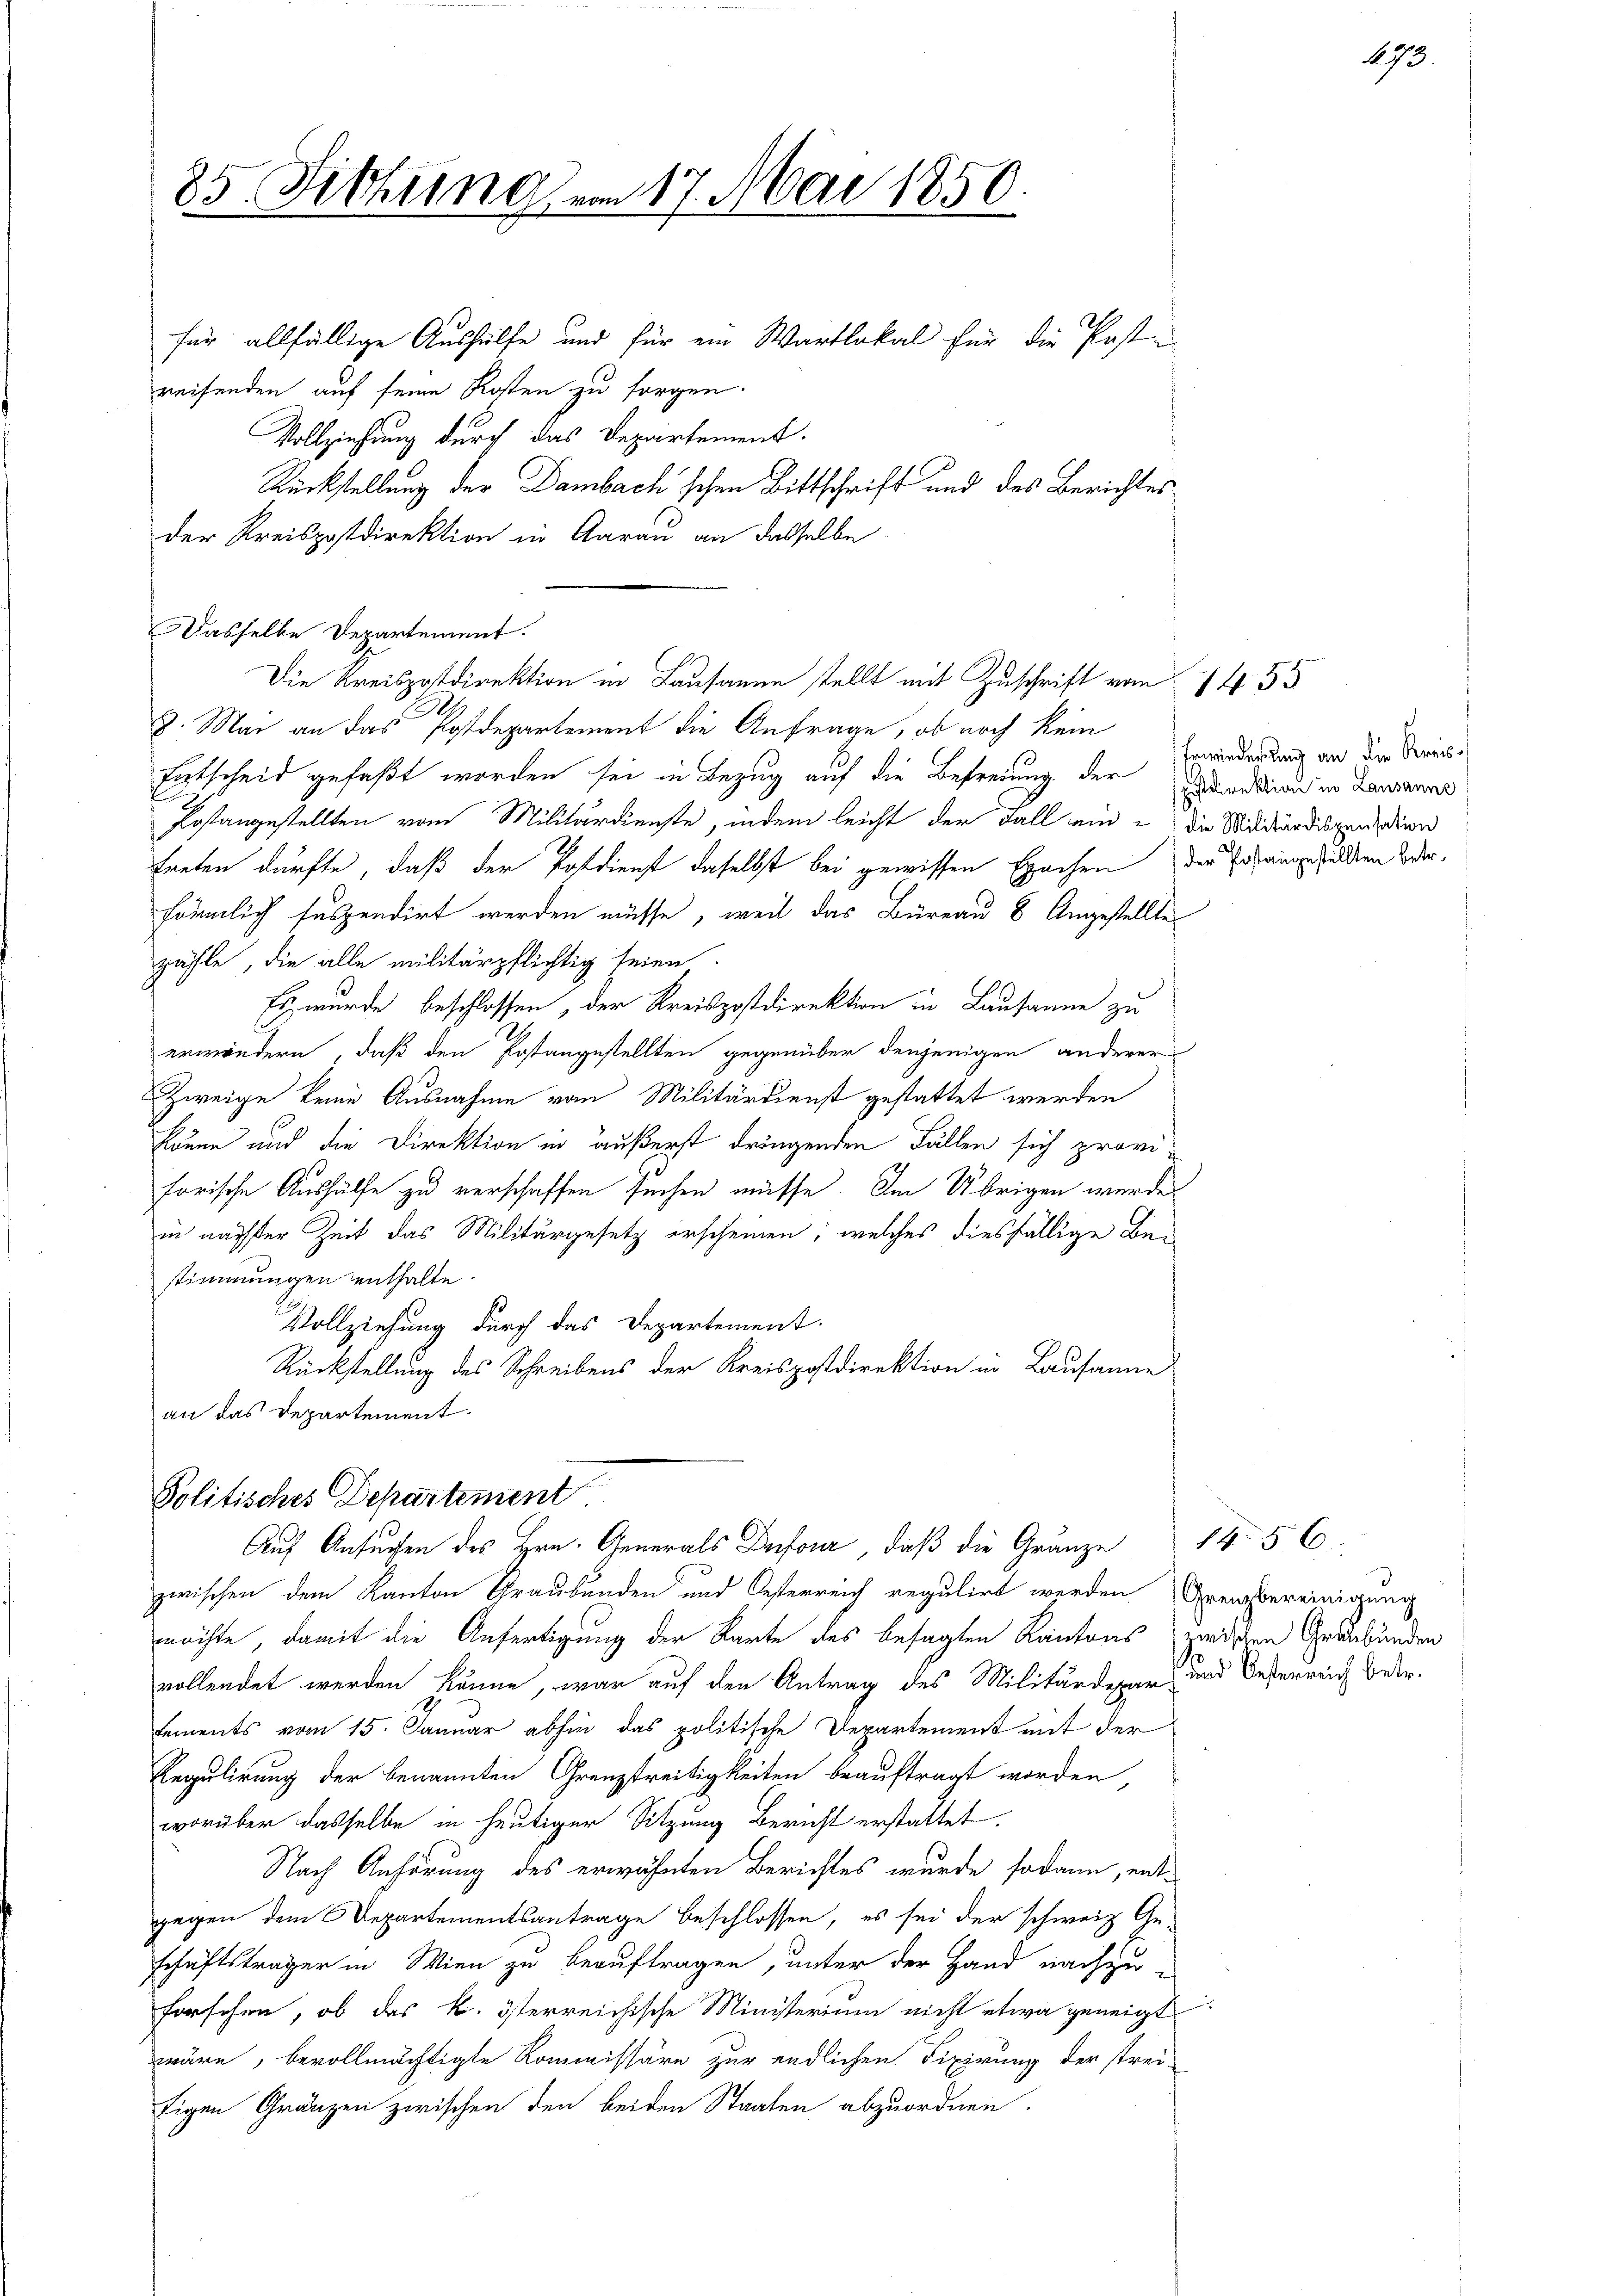
85 Fittung vom 17. Mai 1850.

für allfällige Aushülfe und für ein Wartlokal für die Post-
reifenden auf seine Kosten zu sorgen.
Vollziehung durch das Departement.
Rückstellung der Dambach'schen Bittschrift und des Berichtes
der Kreispostdirektion in Aarau an dasselbe
8. Mai an das Postdepartement die Anfrage, ob noch kein
Entscheid gefaßt worden sei in Bezug auf die Befreiung der Wundton in Landenen
Postangestellten vom Militärdienste, indem leicht der Fall ein - die Militärdispensin
treten dürfte, daß der Postdienst daselbst bei gewissen Epochen
förmlich suspendirt werden müsse, weil das Büreau 8 Angestellte
zähle, die alle militärpflichtig seien.
Es wurde beschlossen, der Kreispostdirektion in Lausanne zu
erwändern, daß den Postangestellten gegenüber denjenigen anderer
Zweige keine Ausnahme von Militärdienst gestattet werden
könne und die Direktion in äußerst dringenden Fällen sich proviforische Aushülfe zu verschaffen suchen müsse. Im Übrigen wurde
in nächster Zeit das Militärgesetz erscheinen; welches diesfällige Bestimmungen enthalte.
Vollziehung durch das Departement.
Rückstellung des Schreibens der Kreispostdirektion in Lausanne
an das Departement.

Dasselbe Departement.

Die Kreispostdirektion in Lausanne stellt mit Zuschrift vom 1455

Politisches Departement
Auf Ansuchen des Hrn. Generals Dufour, daß die Gränze

zwischen dem Kanton Graubünden und Oesterreich regulirt werden Grenzbereinigung
möchte, damit die Anfertigung der Karte des besagten Kantons zwischen Graubünden
vollendet werden könne, war auf den Antrag des Militärdepar- und Oesterreich betr.

s
Erwiederung an die Kreisder Postangestellten betr.

sements vom 15. Januar abhin das politische Departement mit der
Regulirung der benannten Grenzstreitigkeiten beauftragt worden,
worüber dasselbe in heutiger Sitzung Bericht erstattet.
Nach Anhörung des erwähnten Berichtes wurde sodann, entgegen dem Departementsantrage beschlossen, es sei der schweiz Ge-
schäftsträger in Wien zu beauftragen, unter der Hand nachzuforschen, ob das k. österreichische Ministerium nicht etwa geneigt
wäre, bevollmächtigte Kommissäre zur endlichen Fixirung der strei-
tigen Gränzen zwischen den beiden Staaten abzuordnen.

1456.